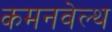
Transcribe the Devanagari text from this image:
कमनवेल्थ